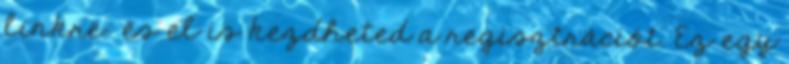
linkre: és el is kezdheted a regisztrációt. Ez egy